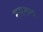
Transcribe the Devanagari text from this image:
मसरूक